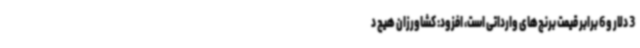
3 دلار و 6 برابر قیمت برنج‌های وارداتی است، افزود: کشاورزان هیچ د